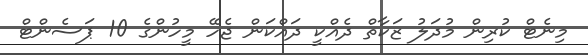
މިނެޓް ކުރިން މުދަލު ޒަކާތް ދެއްކީ ދައްކަން ޖެހޭ މީހުންގެ 10 ޕަސެންޓް